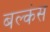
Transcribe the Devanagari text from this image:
बल्कंस